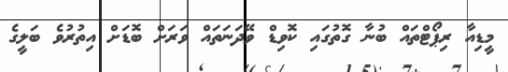
މީޑިއާ ރިޕޯޓްތައް ބުނާ ގޮތުގައި ކޮވިޑް ވޭދަނަތައް ވަރަށް ބޮޑަށް އިތުރުވެ ބަލީގެ